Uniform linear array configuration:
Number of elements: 64
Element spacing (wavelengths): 0.75
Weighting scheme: hann
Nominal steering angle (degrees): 15
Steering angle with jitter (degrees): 14.487
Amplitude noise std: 0.05
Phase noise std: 0.05

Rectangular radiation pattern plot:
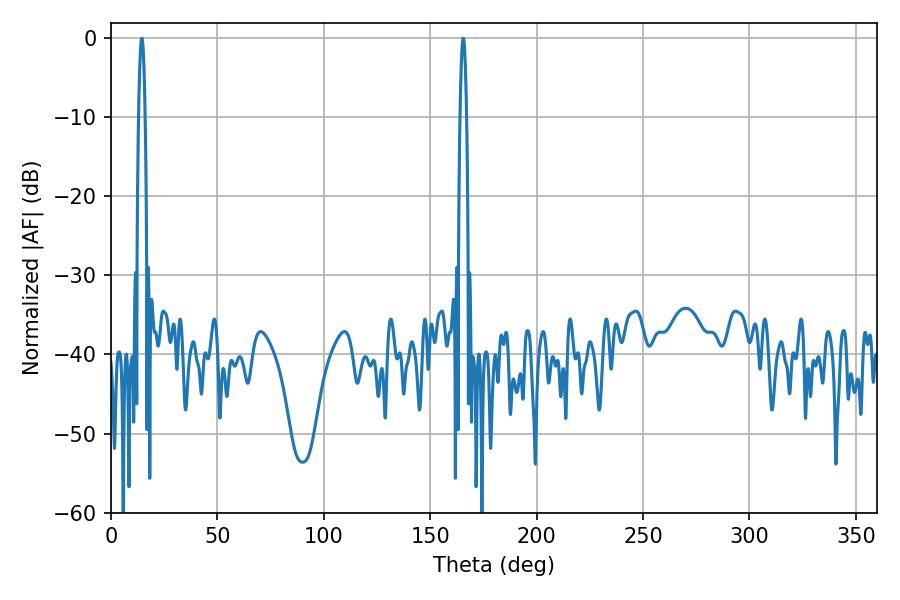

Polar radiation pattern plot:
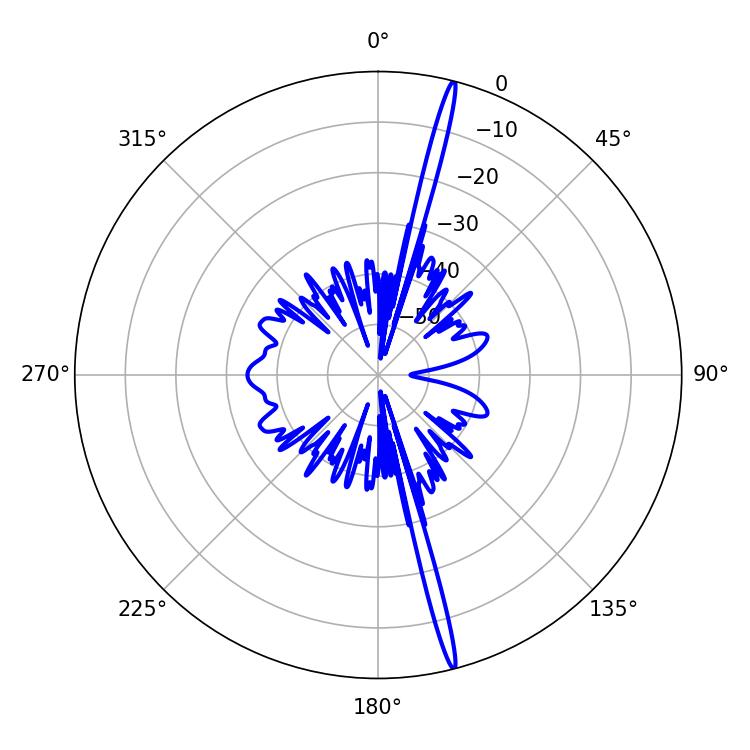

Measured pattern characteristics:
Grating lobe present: TRUE
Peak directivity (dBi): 20.911
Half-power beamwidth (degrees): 1.62
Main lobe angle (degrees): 165.6